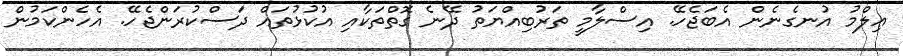
ޢިލްމު އުނގެނެން އެބަޖެހޭ. އިސްލާމީ ތަރުބިއްޔަތު ދޭނެ ގޮތްތަކާއި އުކުޅުތައް ދަސްކުރަންޖެހޭ. އެހެންކަމުން